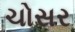
ચોસર